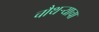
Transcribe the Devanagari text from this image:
चौथऱ्याचा